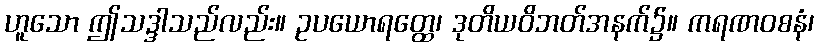
ဟူသော ဤသဒ္ဒါသည်လည်း။ ဥပယောရတ္ထေ၊ ဒုတိယဝိဘတ်အနက်၌။ ကရဏဝစနံ၊